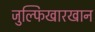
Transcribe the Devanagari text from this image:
जुल्फिखारखान